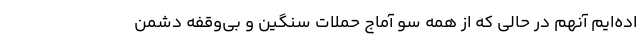
اده‌ایم آنهم در حالی که از همه سو آماج حملات سنگین و بی‌وقفه دشمن